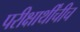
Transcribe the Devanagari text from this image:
परीक्षार्थींचीच